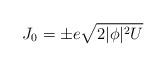
LaTeX: \begin{align*}J_0=\pm e\sqrt{2|\phi |^2U} \end{align*}